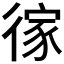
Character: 𢔻